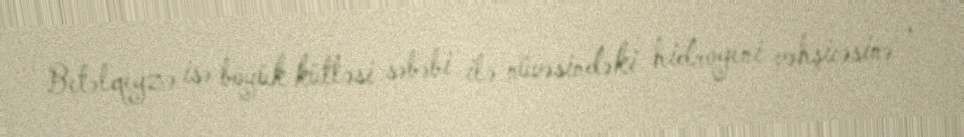
Betəlqeyzə isə böyük kütləsi səbəbi ilə nüvəsindəki hidrogeni vəhşicəsinə ,